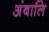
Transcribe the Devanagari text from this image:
अंबालि